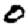
Digit: 0